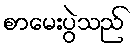
စာမေးပွဲသည်